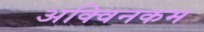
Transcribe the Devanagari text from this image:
अक्विनकम